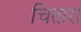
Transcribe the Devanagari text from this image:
चितारा